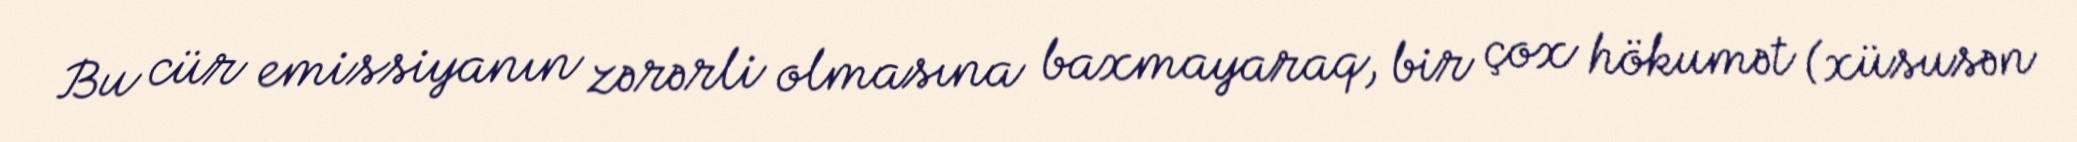
Bu cür emissiyanın zərərli olmasına baxmayaraq, bir çox hökumət (xüsusən